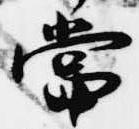
当